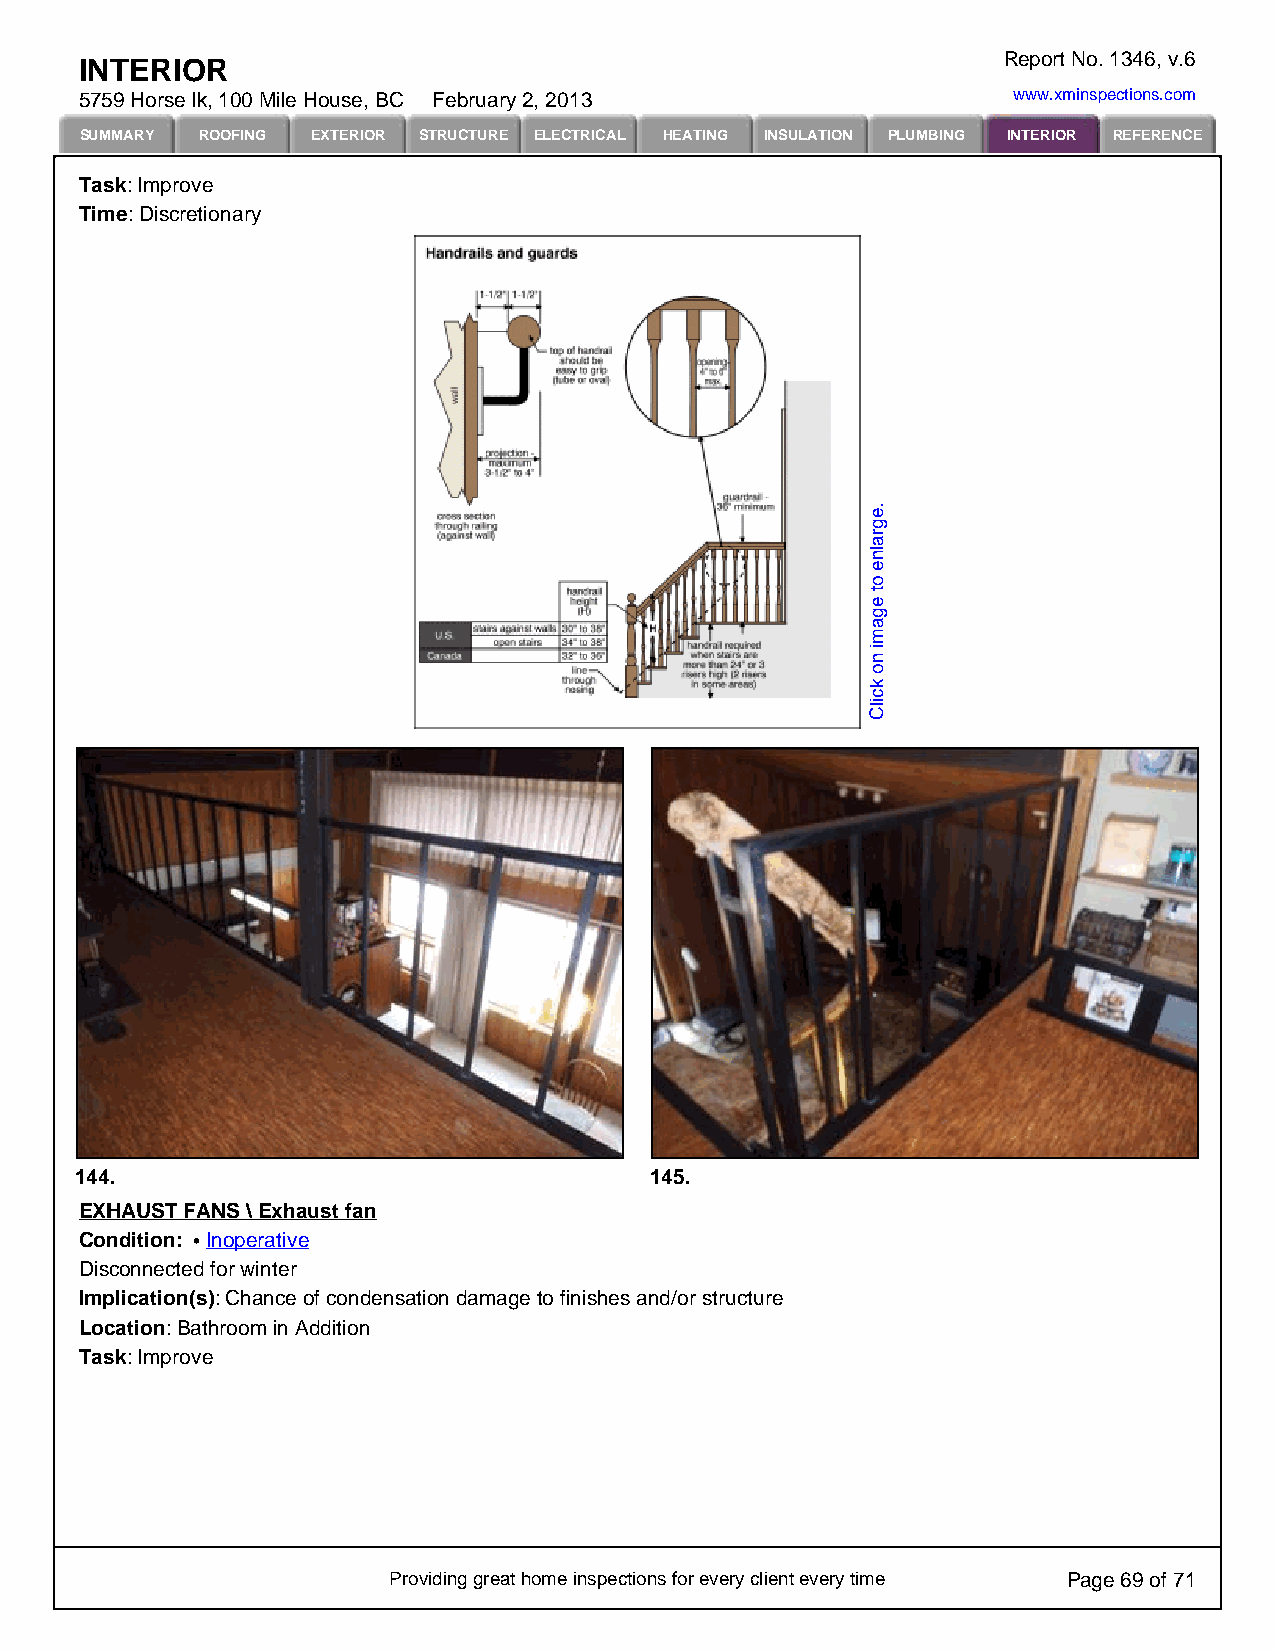
Report No. 1346, v.6
 INTERIOR
 5759 Horse lk, 100 Mile House, BC February 2, 2013            www.xminspections.com
 SUMMARY ROOFING EXTERIOR STRUCTURE ELECTRICAL HEATING INSULATION PLUMBING INTERIOR REFERENCE
 Task: Improve
 Time: Discretionary
 144.                                  145.
 EXHAUST FANS \ Exhaust fan
 Condition: Inoperative
 Disconnected for winter
 Implication(s): Chance of condensation damage to finishes and/or structure
 Location: Bathroom in Addition
 Task: Improve
 Providing great home inspections for every client every time Page 69 of 71
 .egralne
 ot
 egami
 no
 kcilC